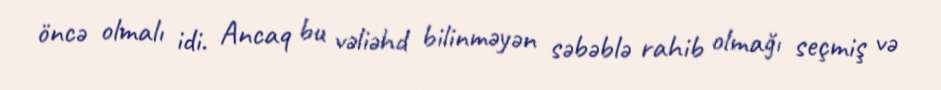
öncə olmalı idi. Ancaq bu vəliəhd bilinməyən səbəblə rahib olmağı seçmiş və